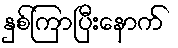
နှစ်ကြာပြီးနောက်